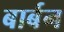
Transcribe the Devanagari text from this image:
बार्बन